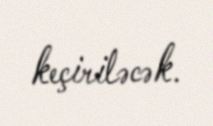
keçiriləcək.